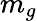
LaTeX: m_{g}